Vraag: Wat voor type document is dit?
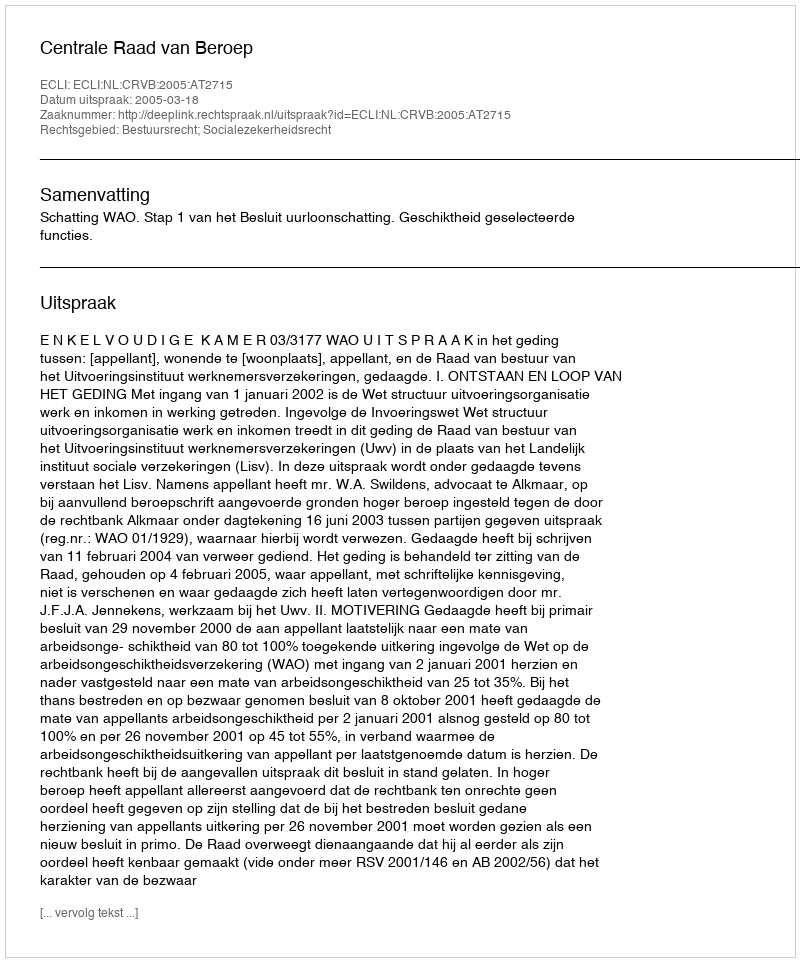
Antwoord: Uitspraak